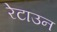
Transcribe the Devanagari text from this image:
रेटाउन